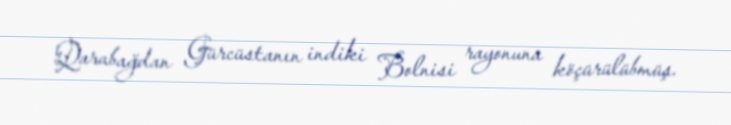
Qarabağdan Gürcüstanın indiki Bolnisi rayonuna köçürülübmüş.